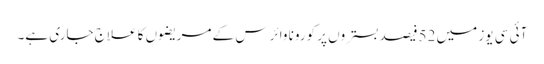
آئی سی یوز میں 52فیصد بستروں پر کورونا وائرس کے مریضوں کا علاج جاری ہے۔